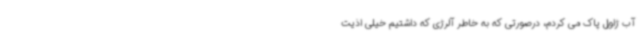
آب ژاول پاک می کردم، درصورتی که به خاطر آلرژی که داشتیم خیلی اذیت